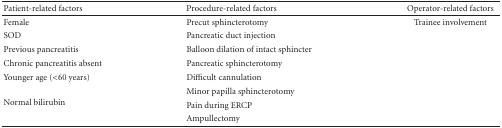
<table><thead><tr><td><b>Patient-related factors</b></td><td><b> Procedure-related factors</b></td><td><b>Operator-related factors</b></td></tr></thead><tbody><tr><td>Female</td><td>Precut sphincterotomy</td><td>Trainee involvement</td></tr><tr><td>SOD</td><td>Pancreatic duct injection</td><td>[EMPTY_CELL]</td></tr><tr><td>Previous pancreatitis</td><td>Balloon dilation of intact sphincter</td><td>[EMPTY_CELL]</td></tr><tr><td>Chronic pancreatitis absent</td><td>Pancreatic sphincterotomy</td><td>[EMPTY_CELL]</td></tr><tr><td>Younger age (&lt;60 years)</td><td>Difficult cannulation</td><td>[EMPTY_CELL]</td></tr><tr><td rowspan="3">Normal bilirubin</td><td>Minor papilla sphincterotomy</td><td>[EMPTY_CELL]</td></tr><tr><td>Pain during ERCP</td><td>[EMPTY_CELL]</td></tr><tr><td>Ampullectomy</td><td>[EMPTY_CELL]</td></tr></tbody></table>